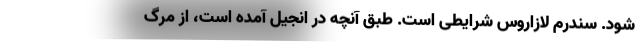
شود. سندرم لازاروس شرایطی است. طبق آنچه در انجیل آمده است، از مرگ